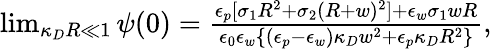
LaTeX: \begin{array}{r}{\operatorname*{lim}_{\kappa_{D}R\ll 1}\psi(0)=\frac{\epsilon_{p}[\sigma_{1}R^{2}+\sigma_{2}(R+w)^{2}]+\epsilon_{w}\sigma_{1}wR}{\epsilon_{0}\epsilon_{w}\{ (\epsilon_{p}-\epsilon_{w})\kappa_{D}w^{2}+\epsilon_{p}\kappa_{D}R^{2}\} },}\end{array}